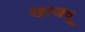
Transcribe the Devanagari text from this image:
खाजवू